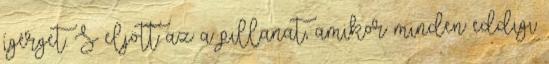
ígérget. S eljött az a pillanat, amikor minden eddigi